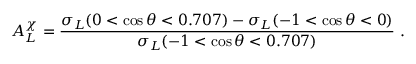
A _ { L } ^ { \chi } = \frac { \sigma _ { L } ( 0 < \cos \theta < 0 . 7 0 7 ) - \sigma _ { L } ( - 1 < \cos \theta < 0 ) } { \sigma _ { L } ( - 1 < \cos \theta < 0 . 7 0 7 ) } \ .